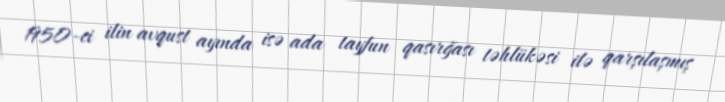
1950-ci ilin avqust ayında isə ada tayfun qasırğası təhlükəsi ilə qarşılaşmış